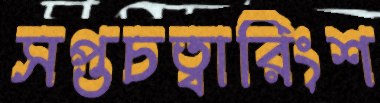
সপ্তচত্বারিংশ